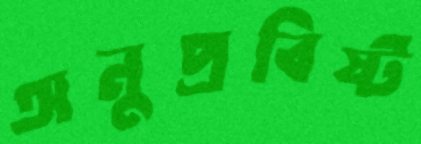
অনুপ্রবিষ্ট